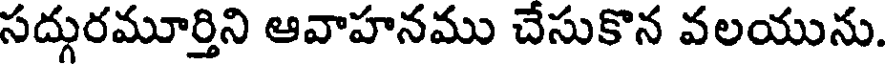
సద్గురమూర్తిని ఆవాహనము చేసుకొన వలయును.